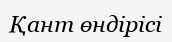
Қант өндірісі